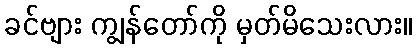
ခင်ဗျား ကျွန်တော်ကို မှတ်မိသေးလား။